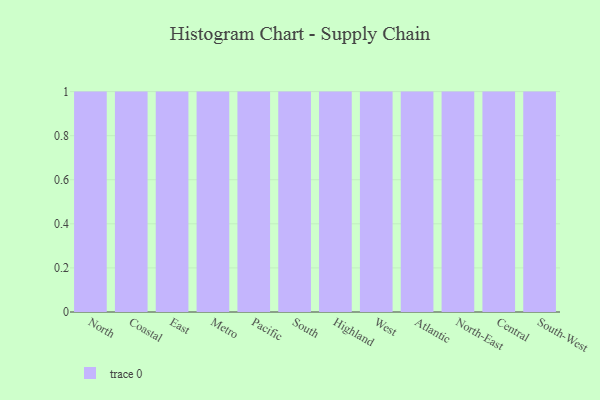
{"axis": {"x": "Region", "y": "Shipments"}, "legend": [""], "data": [{"x": "North", "y": 72, "type": ""}, {"x": "Coastal", "y": 3, "type": ""}, {"x": "East", "y": 4, "type": ""}, {"x": "Metro", "y": 95, "type": ""}, {"x": "Pacific", "y": 84, "type": ""}, {"x": "South", "y": 10, "type": ""}, {"x": "Highland", "y": 54, "type": ""}, {"x": "West", "y": 3, "type": ""}, {"x": "Atlantic", "y": 41, "type": ""}, {"x": "North-East", "y": 2, "type": ""}, {"x": "Central", "y": 95, "type": ""}, {"x": "South-West", "y": 3, "type": ""}]}